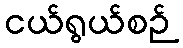
ငယ်ရွယ်စဉ်